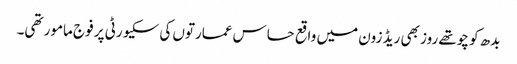
بدھ کو چوتھے روز بھی ریڈ زون میں واقع حساس عمارتوں کی سکیورٹی پر فوج مامور تھی۔